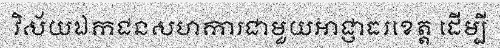
វិស័យឯកជនសហការជាមួយអាជ្ញាធរខេត្ត ដើម្បី